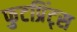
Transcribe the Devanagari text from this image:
फुटप्रिंट्स